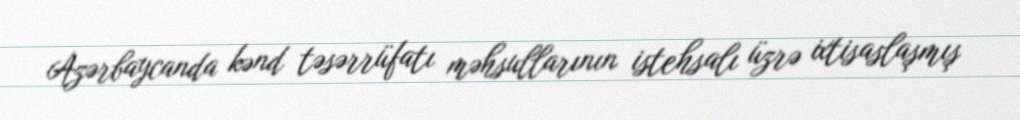
Azərbaycanda kənd təsərrüfatı məhsullarının istehsalı üzrə ixtisaslaşmış